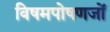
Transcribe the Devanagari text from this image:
विषमपोषणजों